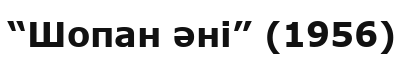
“Шопан әні” (1956)